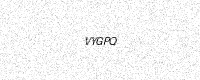
Text: VYGPQ